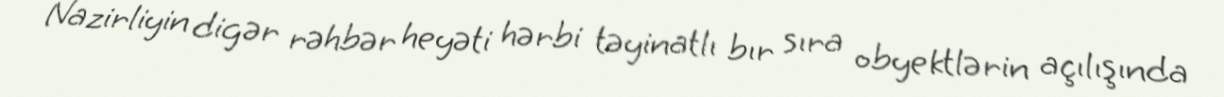
Nazirliyin digər rəhbər heyəti hərbi təyinatlı bır sıra obyektlərin açılışında